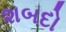
શબદો